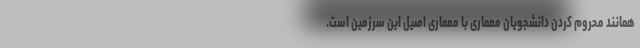
همانند محروم کردن دانشجویان معماری با معماری اصیل این سرزمین است.